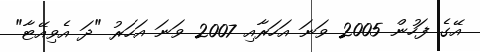
އޭގެ ފަހުން 2005 ވަނަ އަހަރާއި 2007 ވަނަ އަހަރު "ދަ އެވިއޭޓާ"